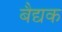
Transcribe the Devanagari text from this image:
बैद्यक